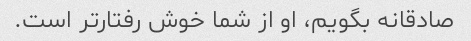
صادقانه بگویم، او از شما خوش رفتارتر است.